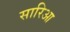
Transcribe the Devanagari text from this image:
सारिआ